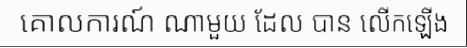
គោលការណ៍ ណាមួយ ដែល បាន លើកឡើង